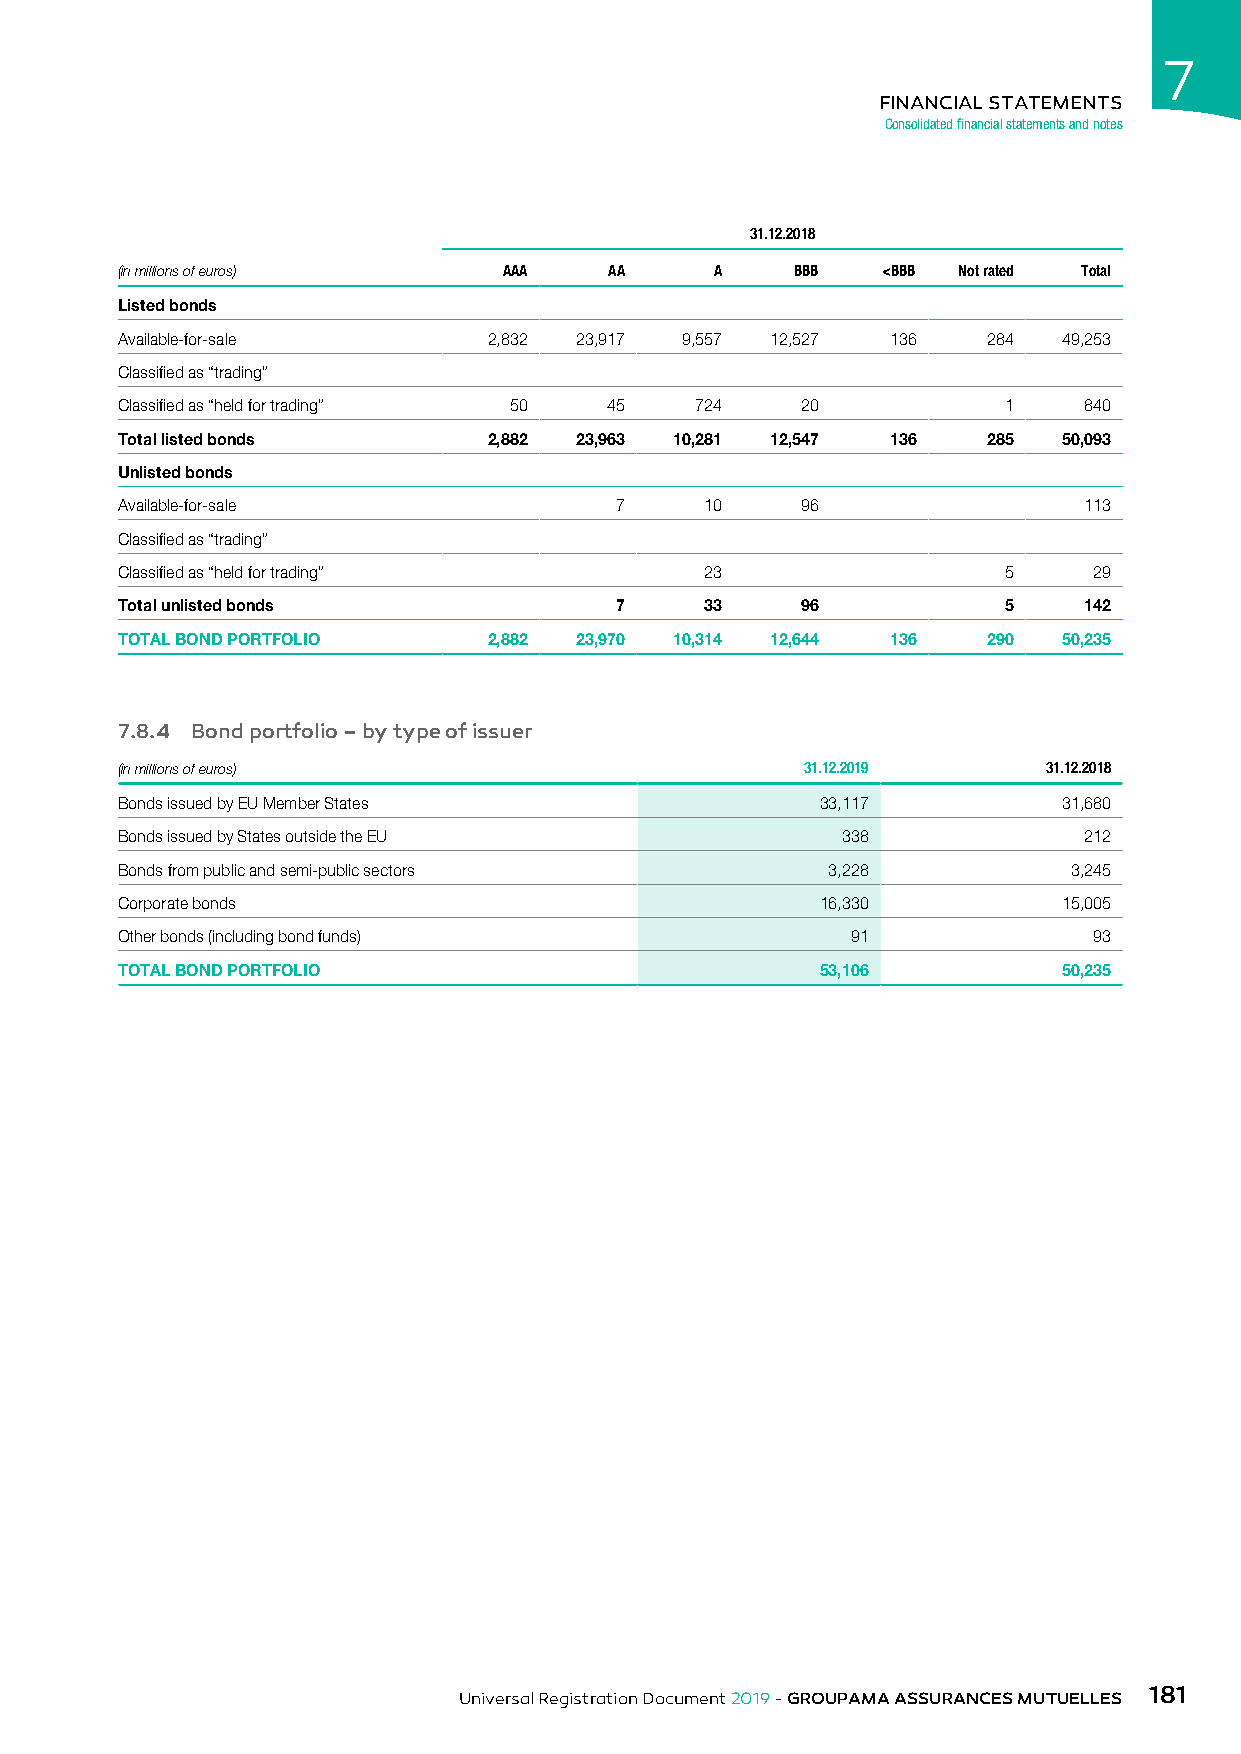
7
 FINANCIAL STATEMENTS
 Consolidated financial statements and notes
 31.12.2018
 (in millions of euros)   AAA    AA     A     BBB  <BBB Not rated Total
 Listed bonds
 Available-for-sale      2,832 23,917 9,557 12,527  136   284  49,253
 Classified as “trading”
 Classified as “held for trading” 50 45 724   20           1     840
 Total listed bonds      2,882 23,963 10,281 12,547 136   285  50,093
 Unlisted bonds
 Available-for-sale               7     10    96                 113
 Classified as “trading”
 Classified as “held for trading”       23                 5     29
 Total unlisted bonds             7     33    96           5     142
 TOTAL BOND PORTFOLIO    2,882 23,970 10,314 12,644 136   290  50,235
 7.8.4 Bond portfolio – by type of issuer
 (in millions of euros)                       31.12.2019      31.12.2018
 Bonds issued by EU Member States              33,117          31,680
 Bonds issued by States outside the EU           338             212
 Bonds from public and semi-public sectors      3,228           3,245
 Corporate bonds                               16,330          15,005
 Other bonds (including bond funds)              91              93
 TOTAL BOND PORTFOLIO                          53,106          50,235
 181
 Universal Registration Document 2019 - GROUPAMA ASSURANCES MUTUELLES